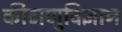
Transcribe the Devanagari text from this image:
कीटाणुविज्ञान